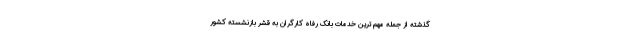
گذشته از جمله مهم ترین خدمات بانک رفاه کارگران به قشر بازنشسته کشور